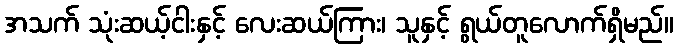
အသက် သုံးဆယ့်ငါးနှင့် လေးဆယ်ကြား၊ သူနှင့် ရွယ်တူလောက်ရှိမည်။